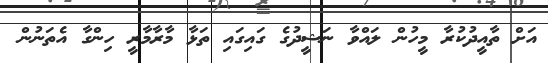
އަށް ތާއީދުކުރާ މީހުން ލައްވާ ނަޝީދުގެ ގައިގައި ތަޅާ މާރާމާރީ ހިންގާ އެތަނުން